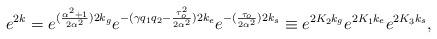
LaTeX: \begin{align*}e^{2k}= e^{({{\alpha^2+1} \over {2 \alpha^2}})2k_g} e^{-{(\gamma q_1 q_2 -{\tau_o^2 \over {2 \alpha^2} })}2k_e} e^{ -( {\tau_o \over {2 \alpha^2}})2k_s} \equiv e^{2K_2 k_g} e^{2K_1 k_e} e^{2K_3 k_s},\end{align*}